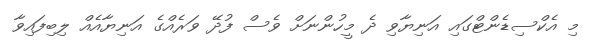
މި އެކްސިޑެންޓްގައި އަނިޔާވި ދެ މީހުންނަށް ވެސް ފުދޭ ވަރެއްގެ އަނިޔާއެއް ލިބިފައިވާ